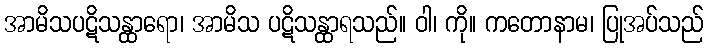
အာမိသပဋိသန္ထာရော၊ အာမိသ ပဋိသန္ထာရသည်။ ဝါ၊ ကို။ ကတောနာမ၊ ပြုအပ်သည်